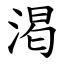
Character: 渇